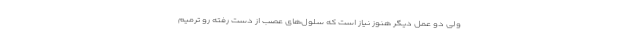
ولی دو عمل دیگر هنوز نیاز است که سلول‌های عصب از دست رفته رو ترمیم